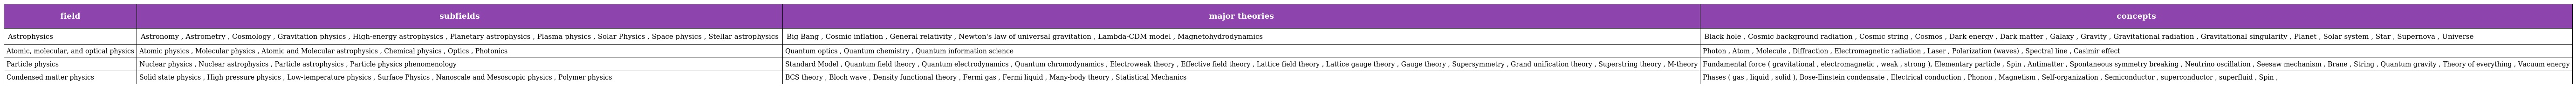
| field | subfields | major theories | concepts |
 | --- | --- | --- | --- |
 | Astrophysics | Astronomy , Astrometry , Cosmology , Gravitation physics , High-energy astrophysics , Planetary astrophysics , Plasma physics , Solar Physics , Space physics , Stellar astrophysics | Big Bang , Cosmic inflation , General relativity , Newton's law of universal gravitation , Lambda-CDM model , Magnetohydrodynamics | Black hole , Cosmic background radiation , Cosmic string , Cosmos , Dark energy , Dark matter , Galaxy , Gravity , Gravitational radiation , Gravitational singularity , Planet , Solar system , Star , Supernova , Universe |
 | Atomic, molecular, and optical physics | Atomic physics , Molecular physics , Atomic and Molecular astrophysics , Chemical physics , Optics , Photonics | Quantum optics , Quantum chemistry , Quantum information science | Photon , Atom , Molecule , Diffraction , Electromagnetic radiation , Laser , Polarization (waves) , Spectral line , Casimir effect |
 | Particle physics | Nuclear physics , Nuclear astrophysics , Particle astrophysics , Particle physics phenomenology | Standard Model , Quantum field theory , Quantum electrodynamics , Quantum chromodynamics , Electroweak theory , Effective field theory , Lattice field theory , Lattice gauge theory , Gauge theory , Supersymmetry , Grand unification theory , Superstring theory , M-theory | Fundamental force ( gravitational , electromagnetic , weak , strong ), Elementary particle , Spin , Antimatter , Spontaneous symmetry breaking , Neutrino oscillation , Seesaw mechanism , Brane , String , Quantum gravity , Theory of everything , Vacuum energy |
 | Condensed matter physics | Solid state physics , High pressure physics , Low-temperature physics , Surface Physics , Nanoscale and Mesoscopic physics , Polymer physics | BCS theory , Bloch wave , Density functional theory , Fermi gas , Fermi liquid , Many-body theory , Statistical Mechanics | Phases ( gas , liquid , solid ), Bose-Einstein condensate , Electrical conduction , Phonon , Magnetism , Self-organization , Semiconductor , superconductor , superfluid , Spin , |